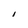
Character: I